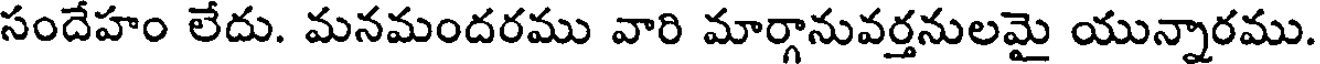
సందేహం లేదు. మనమందరము వారి మార్గానువర్తనులమై యున్నారము.